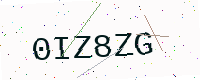
Text: 0IZ8ZG